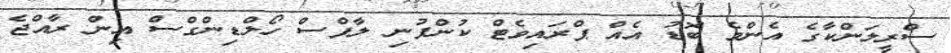
ސްރީލަންކާގެ އެންމެ ބޮޑު އެއް ޕްރައިވެޓް ކުންފުނި ލާފްސް ހޯލްޑިންގްސް އިން ރާއްޖެ